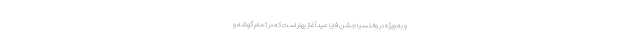
و به ویژه در والنسیا جشن فایا عید آغاز بهار است که در تمام گوشه و